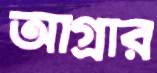
আগ্রার